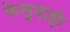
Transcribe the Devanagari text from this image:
फेलूदाही